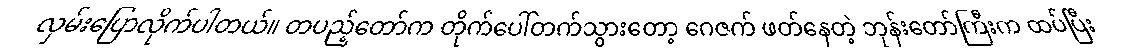
လှမ်းပြောလိုက်ပါတယ်။ တပည့်တော်က တိုက်ပေါ်တက်သွားတော့ ဂေဇက် ဖတ်နေတဲ့ ဘုန်းတော်ကြီးက ထပ်ပြီး